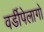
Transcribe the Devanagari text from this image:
वर्डीपेलागो